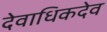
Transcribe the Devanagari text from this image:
देवाधिकदेव